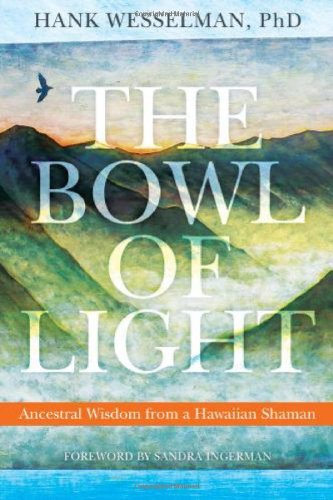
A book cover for The Bowl of Light: Ancestral Wisdom from a Hawaiian Shaman; Hank Wesselman; Religion & Spirituality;